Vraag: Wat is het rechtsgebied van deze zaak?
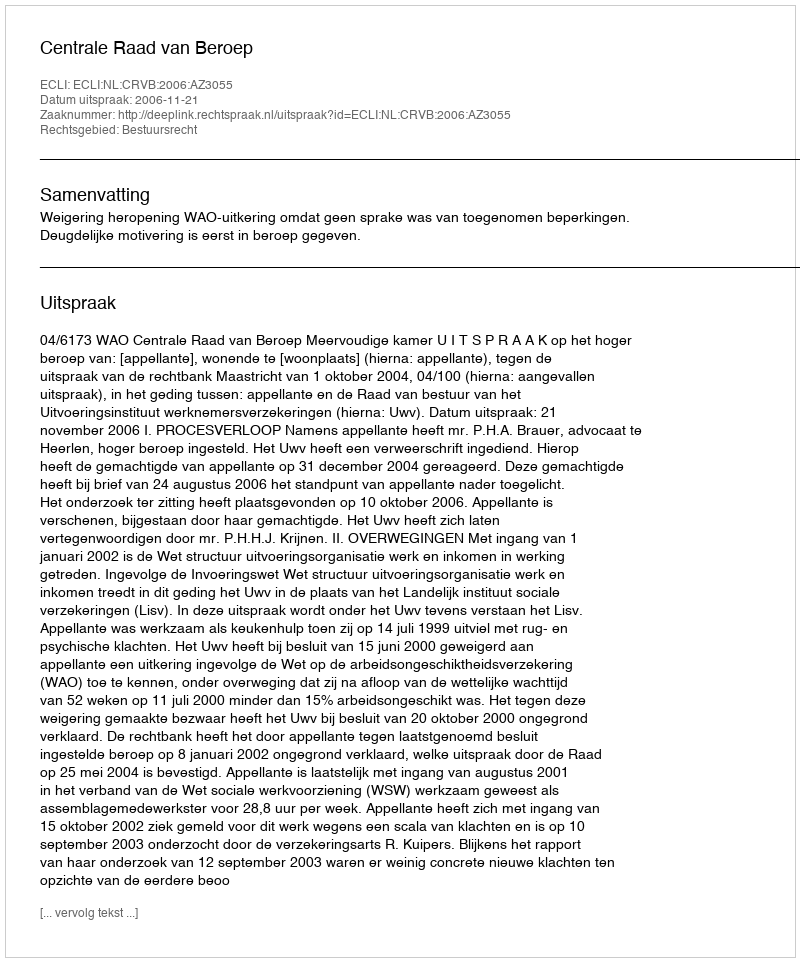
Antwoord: Bestuursrecht